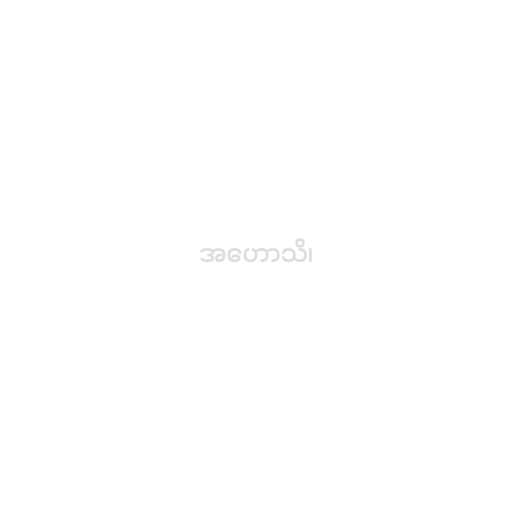
အဟောသိ၊